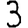
Digit: 3